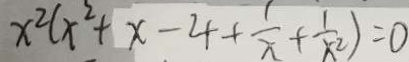
x ^ { 2 } ( x ^ { 2 } + x - 4 + \frac { 1 } { x } + \frac { 1 } { x ^ { 2 } } ) = 0